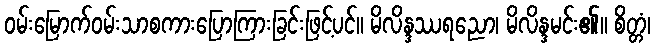
ဝမ်းမြောက်ဝမ်းသာစကားပြောကြားခြင်းဖြင့်ပင်။ မိလိန္ဒဿရညော၊ မိလိန္ဒမင်း၏။ စိတ္တံ၊